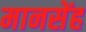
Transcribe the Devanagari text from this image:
मानसेंह